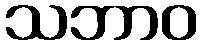
သဘာဝ